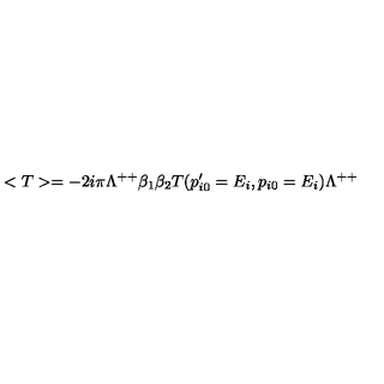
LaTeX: < T > = - 2 i \pi \Lambda ^ { + + } \beta _ { 1 } \beta _ { 2 } T ( p _ { i 0 } ^ { \prime } = E _ { i } , p _ { i 0 } = E _ { i } ) \Lambda ^ { + + }